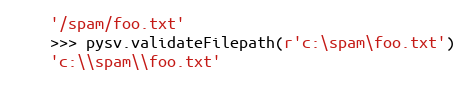
Language: Python
    '/spam/foo.txt'
    >>> pysv.validateFilepath(r'c:\spam\foo.txt')
    'c:\\spam\\foo.txt'